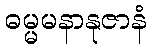
ဓမ္မမနာနုဇာနံ